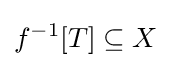
f^{-1}[T]\subseteq X